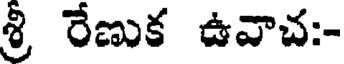
శ్రీ రేణుక ఉవాచ:-